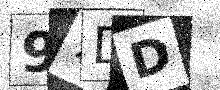
Text: 97DD